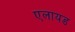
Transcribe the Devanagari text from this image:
एलायड